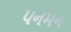
પનમન